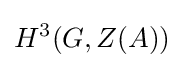
H^{3}(G,Z(A))